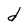
Character: d